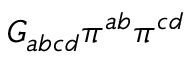
G _ { a b c d } \pi ^ { a b } \pi ^ { c d }